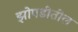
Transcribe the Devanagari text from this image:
झोपडीतील